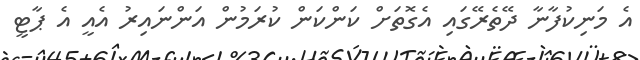
އެ މަނިކުފާނާ ދޭތެރޭގައި އެގޮތަށް ކަންކަން ކުރަމުން އަންނައިރު އެއީ އެ ޕާޓީ